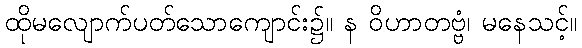
ထိုမလျောက်ပတ်သောကျောင်း၌။ န ဝိဟာတဗ္ဗံ၊ မနေသင့်။